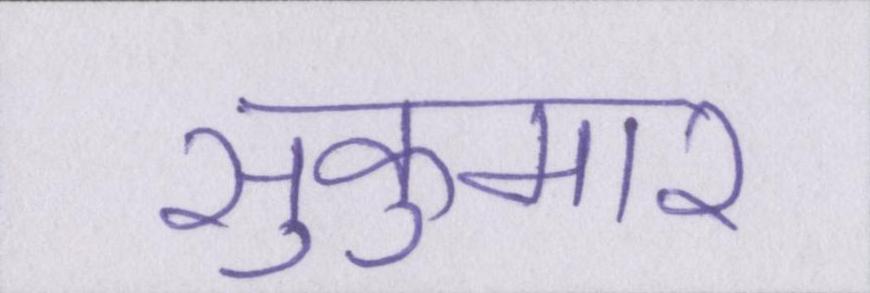
सुकुमार